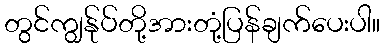
တွင်ကျွန်ုပ်တို့အားတုံ့ပြန်ချက်ပေးပါ။